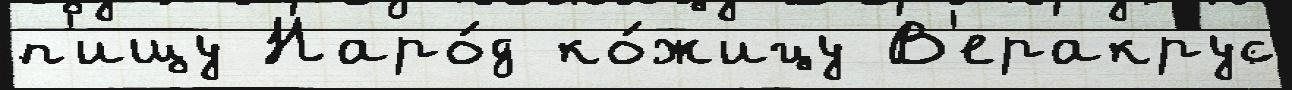
п'ищу Наро́д ко́жицу В'еракрус